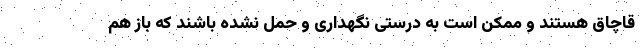
قاچاق هستند و ممکن است به درستی نگهداری و حمل نشده باشند که باز هم